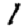
Digit: 1